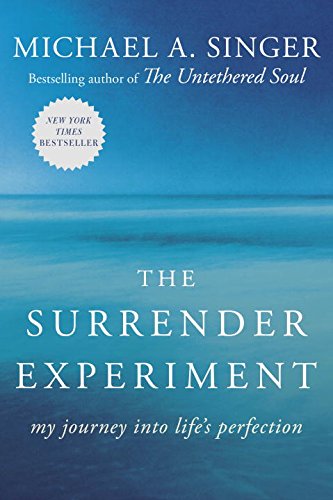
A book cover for The Surrender Experiment: My Journey into Life's Perfection; Michael A. Singer; Self-Help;